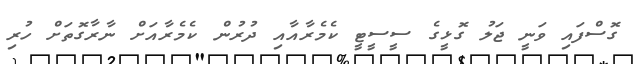
ގޮސްފައި ވަނީ ޖަލު ގޮޅީގެ ސީސީޓީ ކެމެރާއާއި ދުރުން ކެމެރާއަށް ނާރާގޮތަށް ހުރި